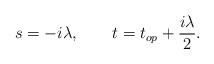
LaTeX: \begin{align*}s=-i\lambda,\qquad t= t_{op} +{i\lambda\over 2}.\end{align*}